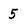
Character: 5